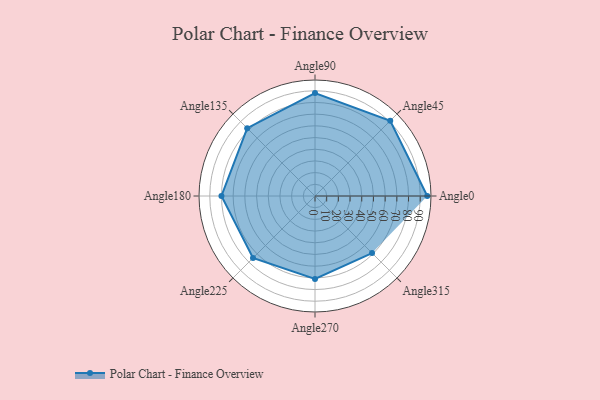
{"axis": {"x": "Angle", "y": "Radius"}, "legend": [""], "data": [{"x": "Angle0", "y": 96.0, "type": ""}, {"x": "Angle45", "y": 91.0, "type": ""}, {"x": "Angle90", "y": 88.0, "type": ""}, {"x": "Angle135", "y": 82.0, "type": ""}, {"x": "Angle180", "y": 80.0, "type": ""}, {"x": "Angle225", "y": 75.0, "type": ""}, {"x": "Angle270", "y": 71.0, "type": ""}, {"x": "Angle315", "y": 69.0, "type": ""}]}